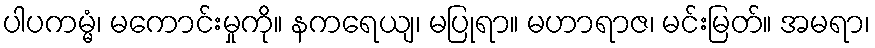
ပါပကမ္မံ၊ မကောင်းမှုကို။ နကရေယျ၊ မပြုရာ။ မဟာရာဇ၊ မင်းမြတ်။ အမရာ၊